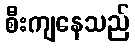
စီးကျနေသည်